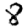
Digit: 8